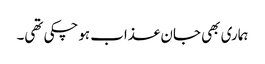
ہماری بھی جان عذاب ہوچکی تھی۔